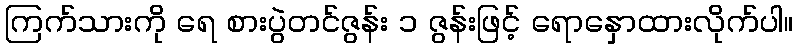
ကြက်သားကို ရေ စားပွဲတင်ဇွန်း ၁ ဇွန်းဖြင့် ရောနှောထားလိုက်ပါ။